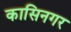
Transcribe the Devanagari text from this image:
कासिनगर